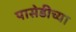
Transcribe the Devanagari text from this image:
पासेडीच्या